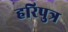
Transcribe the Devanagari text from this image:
हरिपुत्र